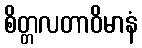
စိတ္တလတာဝိမာနံ